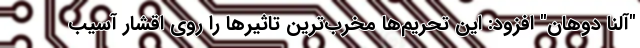
"آلنا دوهان" افزود: این تحریم‌ها مخرب‌ترین تاثیرها را روی اقشار آسیب